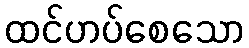
ထင်ဟပ်စေသော